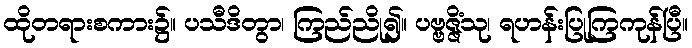
ထိုတရားစကား၌။ ပသီဒိတွာ၊ ကြည်ညို၍။ ပဗ္ဗဇ္ဇိံသု၊ ရဟန်းပြုကြကုန်ပြီ။